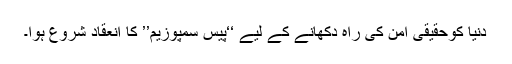
دنیا کوحقیقی امن کی راہ دکھانے کے لیے ‘‘پیس سمپوزیم’’ کا انعقاد شروع ہوا۔